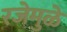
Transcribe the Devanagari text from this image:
रजेमुळे